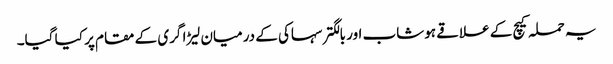
یہ حملہ کیچ کے علاقے ہوشاب اور بالگتر سہاکی کے درمیان لیڑا گری کے مقام پر کیا گیا۔